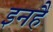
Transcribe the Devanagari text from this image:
इनहैं